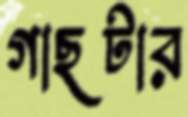
গাছটার